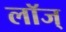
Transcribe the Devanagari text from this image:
लॉज्